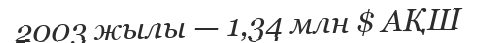
2003 жылы — 1,34 млн $ АҚШ